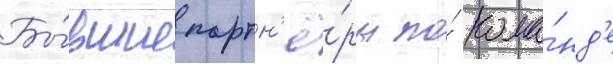
Бы́вшие партн'ё́ры по́ кома́нд'е